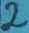
Text: 2